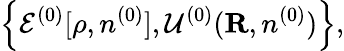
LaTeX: \left\{ {\cal E}^{(0)}[\rho,n^{(0)}],{\cal U}^{(0)}({\mathbf R},n^{(0)})\right\} ,